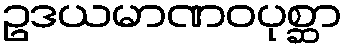
ဥဒယမာဏဝပုစ္ဆာ